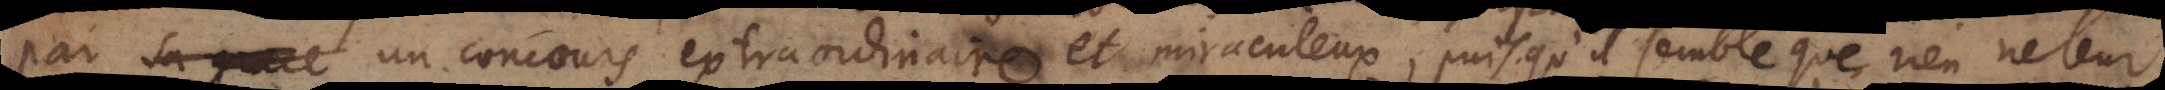
par un concours extraordinaire et miraculeux, puisqu’il semble que rien ne leur